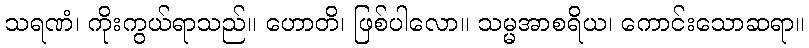
သရဏံ၊ ကိုးကွယ်ရာသည်။ ဟောတိ၊ ဖြစ်ပါလော။ သမ္မအာစရိယ၊ ကောင်းသောဆရာ။